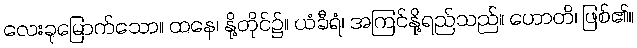
လေးခုမြောက်သော။ ထနေ၊ နို့တိုင်၌။ ယံခီရံ၊ အကြင်နို့ရည်သည်။ ဟောတိ၊ ဖြစ်၏။